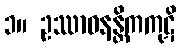
၁။ ဥဿာဝနန္တိကကုဋိ